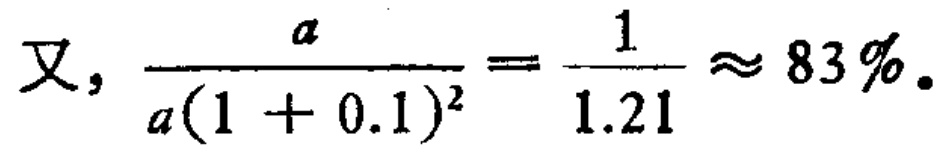
又, \(\frac{a}{a(1 + 0.1)^2}=\frac{1}{1.21}\approx 83\%\)。